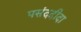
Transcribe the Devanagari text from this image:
पसंददीदा